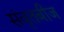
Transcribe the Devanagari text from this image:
संवृतबीज